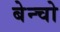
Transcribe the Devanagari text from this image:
बेन्चो